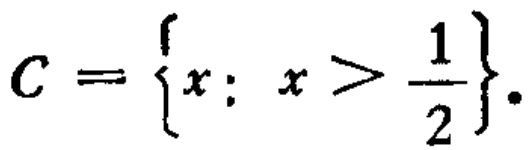
\(C = \left\{x:\ x > \frac{1}{2}\right\}.\)